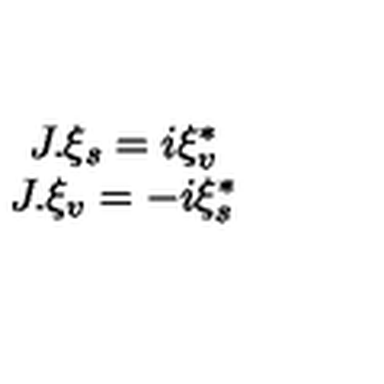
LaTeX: \begin{array} { c } { J . \xi _ { s } = i \xi _ { v } ^ { * } } \\ { J . \xi _ { v } = - i \xi _ { s } ^ { * } } \\ \end{array}